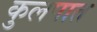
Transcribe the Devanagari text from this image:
कुलपात